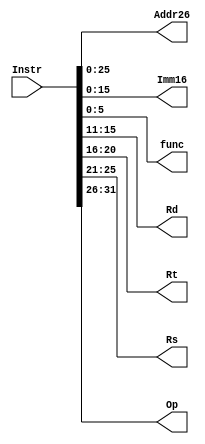
`timescale 1ns / 1ps
`define Op 31:26
`define Rs 25:21
`define Rt 20:16
`define Rd 15:11
`define func 5:0
`define Imm16 15:0
`define Addr26 25:0
module D_Splitter(
    input [31:0] Instr,
    output [25:0] Addr26,
    output [15:0] Imm16,
    output [5:0] func,
    output [4:0] Rd,
    output [4:0] Rt,
    output [4:0] Rs,
    output [5:0] Op
);
    assign Addr26 = Instr[`Addr26];
    assign Imm16 = Instr[`Imm16];
    assign func = Instr[`func];
    assign Rd = Instr[`Rd];
    assign Rt = Instr[`Rt];
    assign Rs = Instr[`Rs];
    assign Op = Instr[`Op];
endmodule //Splitter